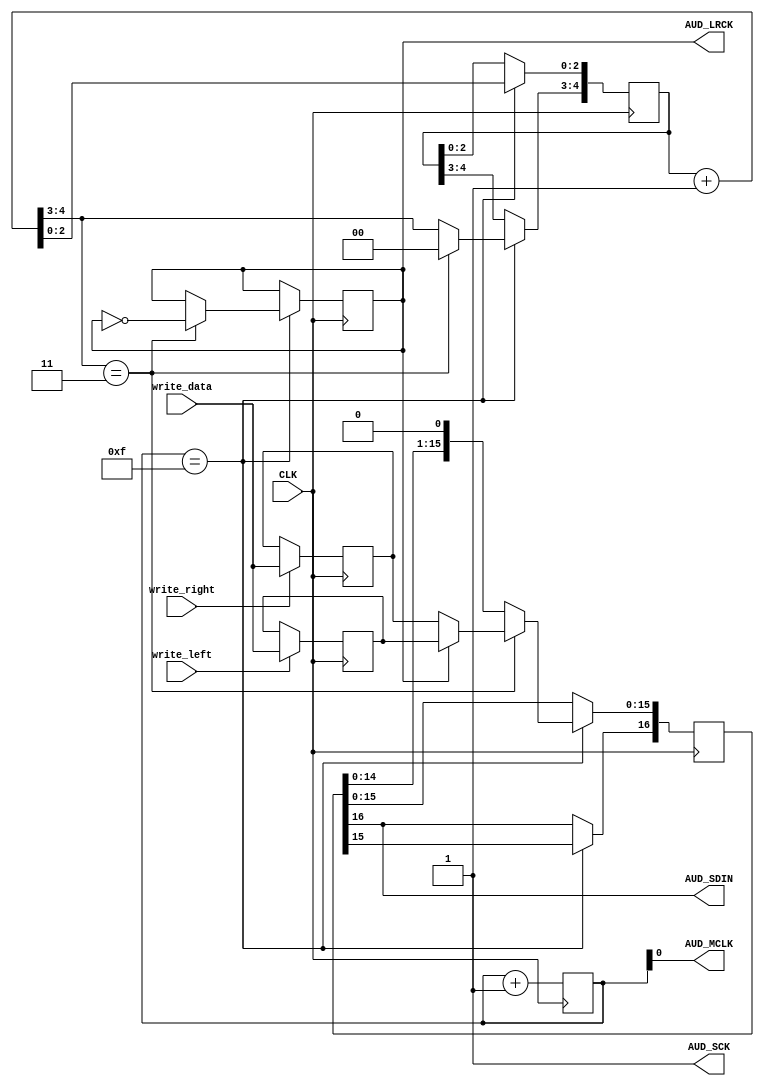
// Copyright (c) 2012-2013 Ludvig Strigeus
// This program is GPL Licensed. See COPYING for the full license.

// CLK is 24Mhz. MCLK is divided by two (12Mhz). 24Mhz divide by 16 produces SCLK.
// Divide by 48 produces LRCK.
// produce LRCK = 32kHz. We output 16-bit samples, but internally the DAC
// is in 24-bit mode. SCLK ratio is 48 * 32kHz.
module SoundDriver(input CLK, input [15:0] write_data, input write_left, input write_right,
                   output AUD_MCLK, output AUD_LRCK, output AUD_SCK, output AUD_SDIN);
  reg lrck;
  reg [15:0] leftbuf;
  reg [15:0] rightbuf;
  reg [16:0] currbuf;
  reg [3:0] sclk_div;
  reg [4:0] bitcnt_24;   // Counts 0-23
  wire [4:0] bitcnt_24_new = bitcnt_24 + 1;
  always @(posedge CLK) begin
    // Buffer one sample of each channel.
    if (write_left)  leftbuf <= write_data;
    if (write_right) rightbuf <= write_data;
    // Divide 24MHz by 16 to produce the SCLK frequency (48 * 32000) as well
    // as the 12MHz MCLK frequency.
    sclk_div <= sclk_div + 1;
    // Output new bits on the falling edge of MCLK so that values are
    // stable once MCLK rises.
    if (sclk_div == 4'b1111) begin
      // This runs at the SCLK frequency. Output next bit.
      currbuf <= {currbuf[15:0], 1'b0};
      bitcnt_24 <= bitcnt_24_new;
      if (bitcnt_24_new[4:3] == 2'b11) begin
        bitcnt_24[4:3] <= 2'b00; // 24 -> 0
        lrck <= !lrck;
        currbuf[15:0] <= lrck ? leftbuf : rightbuf;
      end
    end
  end
  assign AUD_MCLK = sclk_div[0];
  assign AUD_SCK = 1; // Internal emphasis turned off
  assign AUD_SDIN = currbuf[16];
  assign AUD_LRCK = lrck;
endmodule